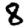
Digit: 8